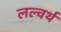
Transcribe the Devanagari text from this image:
लल्वर्थ